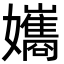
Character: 孈